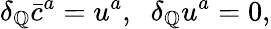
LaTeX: \delta_{\mathbb{Q}}\bar{{c}}^{a}=u^{a},\; \; \delta_{\mathbb{Q}}u^{a}=0,